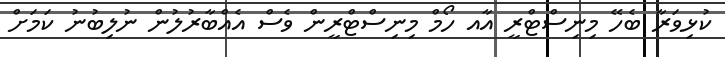
ކުޅިވަރާ ބެހޭ މިނިސްޓްރީ އާއ ހޯމް މިނިސްޓްރީން ވެސް އެއްބާރުލުން ނުލިބުނު ކަމަށް